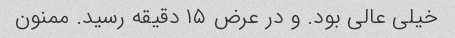
خیلی عالی بود. و در عرض ۱۵ دقیقه رسید. ممنون